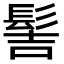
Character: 髻